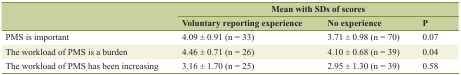
<table><thead><tr><td rowspan="2">[EMPTY_CELL]</td><td colspan="3"><b>Mean with SDs of scores</b></td></tr><tr><td><b>Voluntary reporting experience</b></td><td><b>No experience</b></td><td><b>P</b></td></tr></thead><tbody><tr><td>PMS is important</td><td>4.09 ± 0.91 (n = 33)</td><td>3.71 ± 0.98 (n = 70)</td><td>0.07</td></tr><tr><td>The workload of PMS is a burden</td><td>4.46 ± 0.71 (n = 26)</td><td>4.10 ± 0.68 (n = 39)</td><td>0.04</td></tr><tr><td>The workload of PMS has been increasing</td><td>3.16 ± 1.70 (n = 25)</td><td>2.95 ± 1.30 (n = 39)</td><td>0.58</td></tr></tbody></table>